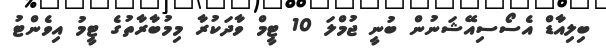
ބިލިއާޑް އެސޯސިއޭޝަނުން ބުނީ ޖުމްލަ 10 ޓީމް ވާދަކުރާ މިމުބާރާތުގެ ޓީމު އިވެންޓު